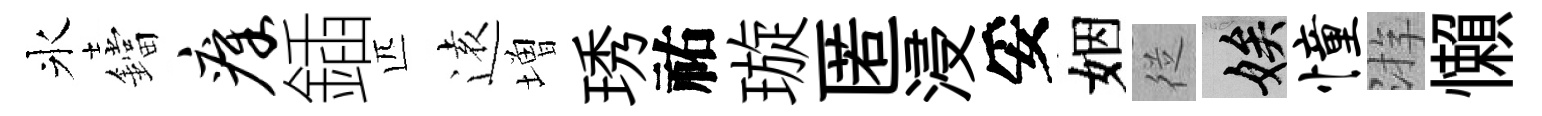
氷鐺瘴鍤匹逺増琇祐璇匿浸妥姻従娭憧㳺懶